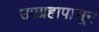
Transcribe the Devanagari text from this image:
उपग्रहापासून